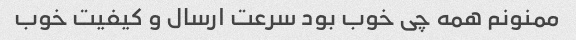
ممنونم همه چی خوب بود سرعت ارسال و کیفیت خوب